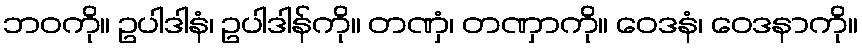
ဘဝကို။ ဥပါဒါနံ၊ ဥပါဒါန်ကို။ တဏှံ၊ တဏှာကို။ ဝေဒနံ၊ ဝေဒနာကို။